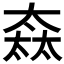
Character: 𡙒